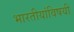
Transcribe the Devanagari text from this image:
भारतीयांविषयी